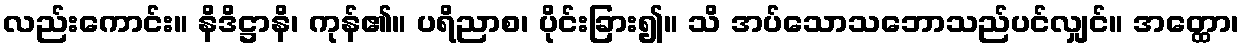
လည်းကောင်း။ နိဒိဋ္ဌာနိ၊ ကုန်၏။ ပရိညာစ၊ ပိုင်းခြား၍။ သိ အပ်သောသဘောသည်ပင်လျှင်။ အတ္ထော၊